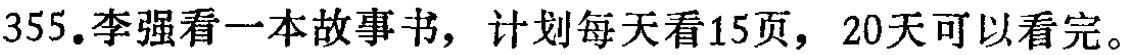
355.李强看一本故事书，计划每天看15页，20天可以看完。